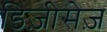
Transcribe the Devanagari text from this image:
डिज़ीसेज़